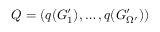
Q = ( q ( G _ { 1 } ^ { \prime } ) , \dots , q ( G _ { \Omega ^ { \prime } } ^ { \prime } ) )